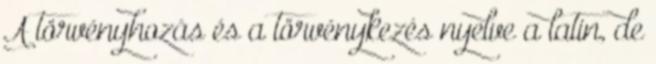
A törvényhozás és a törvénykezés nyelve a latin, de